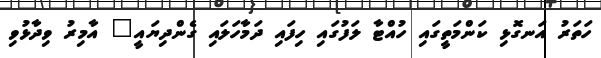
ހަތަރު އަނގޮޅި ކަންމަތީގައި ހުއްޓާ ލަފުގައި ހިފައި ދަމާހަލައި ގެންދިޔައީ" އާމިރު ވިދާޅުވި